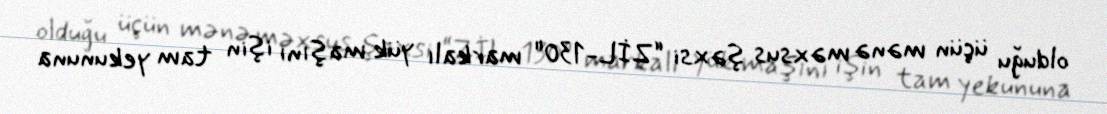
olduğu üçün mənə məxsus şəxsi “ZİL-130" markalı yük maşını işin tam yekununa